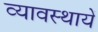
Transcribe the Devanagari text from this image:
व्यावस्थायें